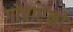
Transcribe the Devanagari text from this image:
गोंचारेंको